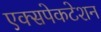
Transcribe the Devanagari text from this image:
एक्सपेकटेशन